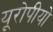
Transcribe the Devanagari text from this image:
यूरोपीयो